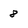
Character: 8